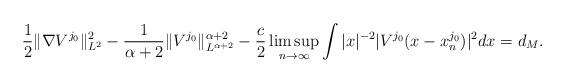
LaTeX: \begin{align*}\frac{1}{2} \|\nabla V^{j_0}\|^2_{L^2} - \frac{1}{\alpha+2} \|V^{j_0}\|^{\alpha+2}_{L^{\alpha+2}} -\frac{c}{2} \limsup_{n\rightarrow \infty} \int |x|^{-2} |V^{j_0}(x-x^{j_0}_n)|^2 dx = d_M. \end{align*}